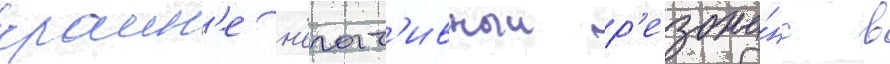
краин'е н'егат'ивныи р'езона́нс в